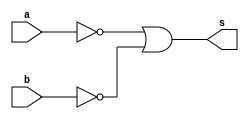
// Giselle Caroline Vieira

module exercicioNAND (s,a,b);

output s;
input a,b;
wire t1,t2;

nor nor1 (t1,a);
nor nor2 (t2,b);


assign s = ~(~(t1|t2));
 



endmodule // fim exercicio OR

module testenand;



reg a,b;
wire s;
exercicioNAND nand1 (s,a,b);

 initial begin
      $display("\Exercicio 05\n");
      $display("NAND usando apenas NOR\n");
      $display("\n~(a & b) = s\n");
      $monitor("~(%b & %b) = %b", a, b, s);
  
	     a=0; b=0;
    #1  a=0; b=1; 
    #1  a=1; b=0;
    #1  a=1; b=1; 
  
 end
 
endmodule // fim testeor